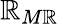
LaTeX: {\mathbb{R}}_{M\mathbb{R}}\,